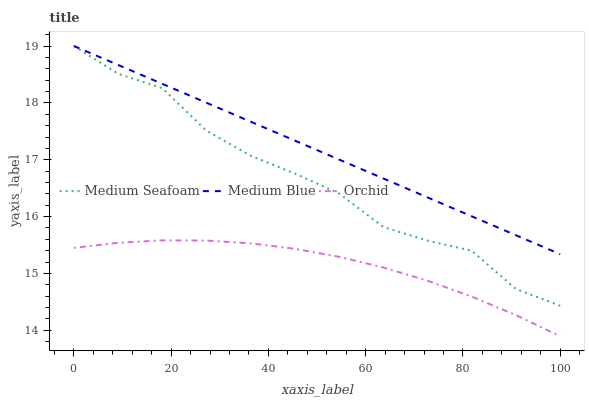
| xaxis_label | Medium Seafoam | Medium Blue | Orchid |
 | --- | --- | --- | --- |
 | 0 | 19 | 19 | 15.5 |
 | 9.09 | 18.5 | 18.7 | 15.5 |
 | 18.2 | 18.3 | 18.3 | 15.6 |
 | 27.3 | 17.5 | 18 | 15.6 |
 | 36.4 | 17.1 | 17.7 | 15.5 |
 | 45.5 | 16.8 | 17.3 | 15.4 |
 | 54.5 | 16.4 | 17 | 15.3 |
 | 63.6 | 15.8 | 16.7 | 15.1 |
 | 72.7 | 15.6 | 16.3 | 14.9 |
 | 81.8 | 15.4 | 16 | 14.6 |
 | 90.9 | 14.7 | 15.7 | 14.3 |
 | 100 | 14.4 | 15.3 | 13.9 |